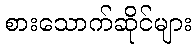
စားသောက်ဆိုင်များ